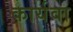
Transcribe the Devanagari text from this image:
कार्यवा